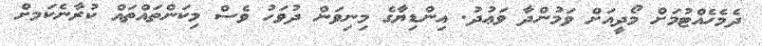
ދެމެހެއްޓުމަށް މޯދީއަށް ވަމުންދާ ވަޢުދު. އިންޑިޔާގެ މިނިވަން ދުވަހު ވެސް މިކަންތައްތައް ކުރާނެކަމށް